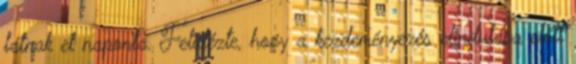
látnak el naponta. Felidézte, hogy a kezdeményezés elindulása előtt